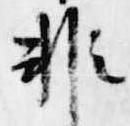
非